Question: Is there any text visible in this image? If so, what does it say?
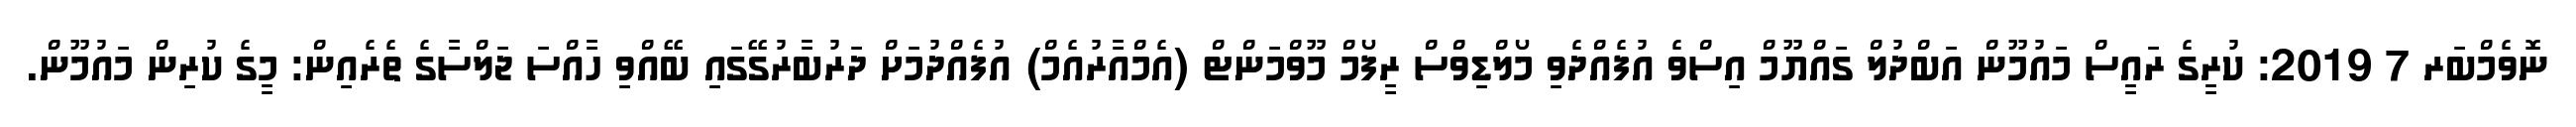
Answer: ނޮވެމްބަރ 7 2019: ކުރީގެ ރައީސް މައުމޫން އަބްދުލް ގައްޔޫމް އިސްވެ އުފެއްދެވި މޯލްޑިވްސް ރީފޯމް މޫވްމަންޓް (އެމްއާރުއެމް) އުފެއްދުމަށް ދަރުބާރުގޭގައި ބޭއްވި ހާއްސަ ޖަލްސާގެ ތެރެއިން: މީގެ ކުރިން މައުމޫން.